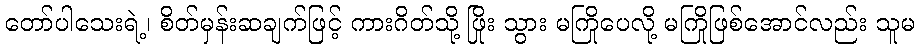
တော်ပါသေးရဲ့၊ စိတ်မှန်းဆချက်ဖြင့် ကားဂိတ်သို့ ဖြိုး သွား မကြိုပေလို့ မကြိုဖြစ်အောင်လည်း သူမ